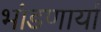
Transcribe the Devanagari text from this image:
भांडणार्या